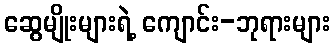
ဆွေမျိုးများရဲ့ ကျောင်း-ဘုရားများ